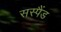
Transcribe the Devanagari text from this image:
सस्पैंड